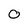
Character: 0